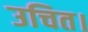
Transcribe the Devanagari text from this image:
उचित।